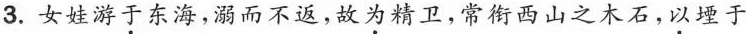
3.女娃游\underset{·}{于}东海，溺而不返，故\underset{·}{为}精卫，常衔西山之木石，\underset{·}{以}堙于